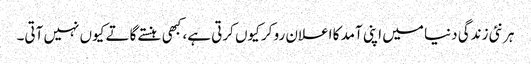
ہر نئی زندگی دنیا میں اپنی آمد کا اعلان رو کر کیوں کرتی ہے، کبھی ہنستے گاتے کیوں نہیں آتی۔